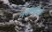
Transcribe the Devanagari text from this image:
नकायोशी